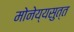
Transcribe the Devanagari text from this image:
मोनेय्यसुत्त